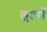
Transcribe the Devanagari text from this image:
लुटर्रों